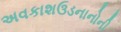
અવકાશઉડનાનોની